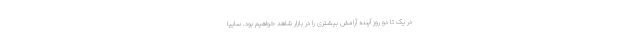
در یک تا دو روز آینده آرامش بیشتری را در بازار شاهد خواهیم بود. سایپا